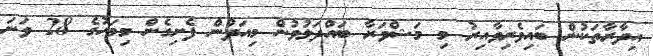
އިދާރާތަކުން ބައިވެރިވާއިރު މި މަޝްވަރާ ބައްދަލުވުން މިއަދުން ފެށިގެން މިމަހުގެ 28 ވަނަ